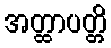
အတ္ထာပတ္တိ